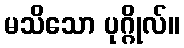
မသိသော ပုဂ္ဂိုလ်။